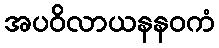
အပဝိလာယနနဝကံ